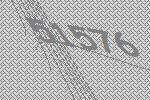
51576